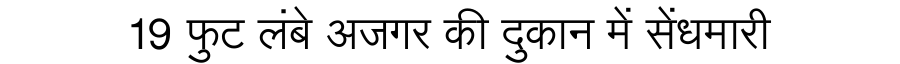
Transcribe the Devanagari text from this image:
19 फुट लंबे अजगर की दुकान में सेंधमारी